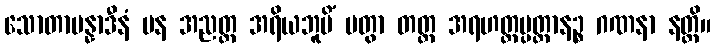
သောတာပန္နာဒီနံ ပန အညတ္ထ အရိယဘူမိံ ပတွာ တတ္ထ အရဟတ္တပ္ပတ္တာနဉ္စ ဂဏနာ နတ္ထိ။